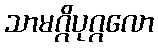
သာမဂ္ဂိပုဂ္ဂလော